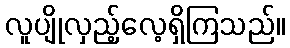
လူပျိုလှည့်လေ့ရှိကြသည်။